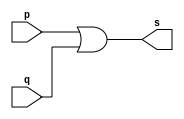
// ------------------------- 
// Exemplo0015 - or 
// Nome: Oswaldo Oliveira Paulino
// ------------------------- 

// --------------------- 
// -- or gate 
// --------------------- 

module orgate (output s, input p, input q); 
	assign s = p | q; 
endmodule // or

// --------------------- 
// -- test orgate 
// --------------------- 

module testorgate; 

// ------------------------- dados locais 
	reg a,b,c; // definir registrador 
	wire s1, s; // definir conexao (fio) 
	
// ------------------------- instancia 
orgate OR1 (s1, a, b); 
orgate OR2 (s, s1, c);

// ------------------------- preparacao 
initial begin:start 
	a=0;
	b=0;
	c=0;
end 

// ------------------------- parte principal 
initial begin:main 
	$display("Exemplo0015 - Oswaldo Oliveira Paulino - 382175"); 
	$display("Test or gate"); 
	$display("\n a | b | c = s\n"); 
	$monitor(" %b | %b | %b = %b", a, b, c, s); 
	#1 a=0; b=0; c=0;
	#1 a=0; b=0; c=1;
	#1 a=0; b=1; c=0;
	#1 a=0; b=1; c=1;
	#1 a=1; b=0; c=0;
	#1 a=1; b=0; c=1;
	#1 a=1; b=1; c=0;
	#1 a=1; b=1; c=1;
end 

endmodule // testorgate 


// ------------------------------ documentacao complementar
/*
    Exemplo0015 - Oswaldo Oliveira Paulino - 382175
    Test or gate
    
     a | b | c = s
    
     0 | 0 | 0 = 0
     0 | 0 | 1 = 1
     0 | 1 | 0 = 1
     0 | 1 | 1 = 1
     1 | 0 | 0 = 1
     1 | 0 | 1 = 1
     1 | 1 | 0 = 1
     1 | 1 | 1 = 1
*/